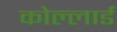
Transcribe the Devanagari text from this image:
कोल्लार्ड